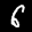
Label: 6